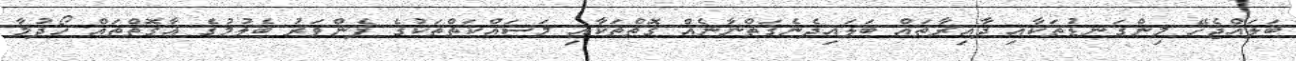
ބަލައްޖެހޭ މިންގަނޑުތަކާއި ދާއިރާތައް ބަލައިދެނެގަތްނާނެއް ގޮތްތަކާއި މަސައްކަތްތަކުގެ ފެންވަރު ބެލުމުގެ އާގޮތްތައް ހޯދުމާ